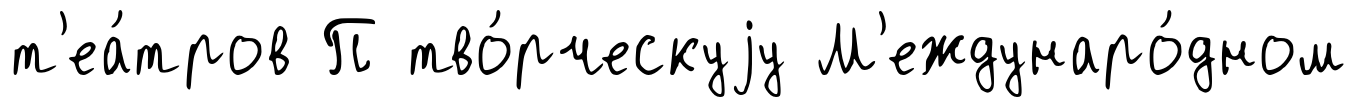
т'еа́тров П тво́рческуjу М'еждунаро́дном